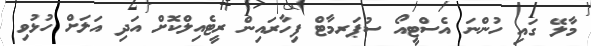
މާލޭ ގައި ހުންނަ އެސްޓީއޯ ސުޕަރމާޓް ފިހާރައިން ރީޓެއިލްކޮށް އަދި އަލަށް ހުޅުވި